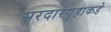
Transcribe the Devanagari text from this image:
सरदारगृहाकडे